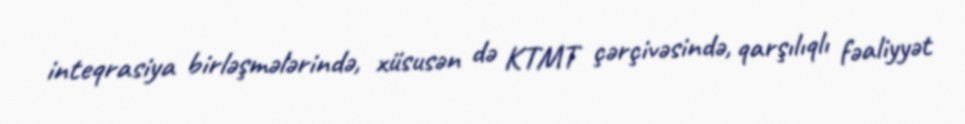
inteqrasiya birləşmələrində, xüsusən də KTMT çərçivəsində, qarşılıqlı fəaliyyət